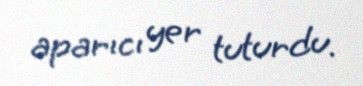
aparıcı yer tuturdu.